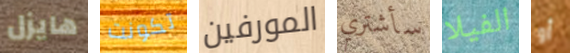
هايزل تكونت المورفين سأشتري الفيلا أو